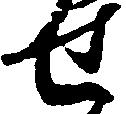
せ